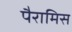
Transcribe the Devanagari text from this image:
पैरामिस